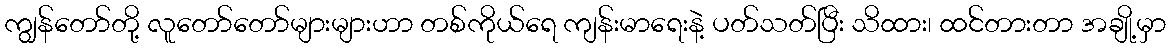
ကျွန်တော်တို့ လူတော်တော်များများဟာ တစ်ကိုယ်ရေ ကျန်းမာရေးနဲ့ ပတ်သတ်ပြီး သိထား၊ ထင်တားတာ အချို့မှာ